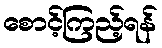
စောင့်ကြည့်ရန်